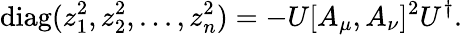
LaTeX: \mathrm{diag}(z_{1}^{2},z_{2}^{2},...,z_{n}^{2})=-U[A_{\mu},A_{\nu}]^{2}U^{\dagger}.